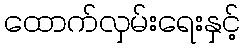
ထောက်လှမ်းရေးနှင့်